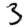
Digit: 3